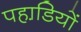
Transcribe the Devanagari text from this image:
पहाडि़यों